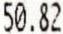
50.82